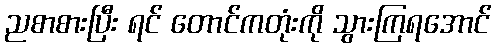
ညစာစားပြီး ရင် တောင်ကတုံးကို သွားကြရအောင်